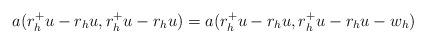
LaTeX: \begin{align*}a(r_h^+ u - r_h u, r_h^+ u - r_h u) = a(r_h^+ u - r_h u, r_h^+ u - r_h u - w_h)\end{align*}